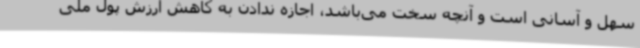
سهل و آسانی است و آنچه سخت می‌باشد، اجازه ندادن به کاهش ارزش پول ملی